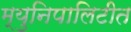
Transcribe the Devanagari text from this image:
म्युनिपालिटीत